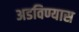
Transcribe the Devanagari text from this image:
अडविण्यास